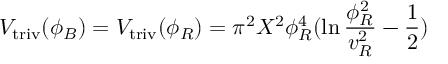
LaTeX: V _ { \mathrm { t r i v } } ( \phi _ { B } ) = V _ { \mathrm { t r i v } } ( \phi _ { R } ) = \pi ^ { 2 } X ^ { 2 } \phi _ { R } ^ { 4 } ( \ln { \frac { \phi _ { R } ^ { 2 } } { v _ { R } ^ { 2 } } } - { \frac { 1 } { 2 } } )